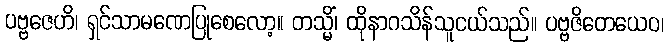
ပဗ္ဗဇေဟိ၊ ရှင်သာမဏေပြုစေလော့။ တသ္မိံ၊ ထိုနာဂသိန်သူငယ်သည်။ ပဗ္ဗဇိတေယေဝ၊